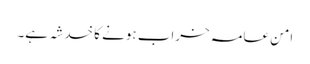
امنِ عامہ خراب ہونے کا خدشہ ہے۔